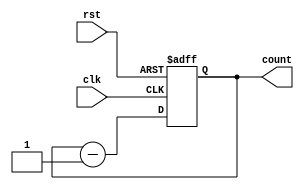
`timescale 1ns / 1ps
//////////////////////////////////////////////////////////////////////////////////
// Company: 
// Engineer: 
// 
// Design Name: 
// Module Name:    down_counter 
// Project Name: 
// Target Devices: 
// Tool versions: 
// Description: 
//
// Dependencies: 
//
// Revision: 
// Revision 0.01 - File Created
// Additional Comments: 
//
//////////////////////////////////////////////////////////////////////////////////
module down_counter(clk,rst,count);
input rst,clk;
output [3:0]count;
reg [3:0]count;
 always @ (posedge clk or negedge rst)
 begin  
    if ( rst==0)  
      count <= 4'b1111;  
    else  
      count <= count - 1;  
  end  
endmodule